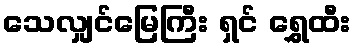
သေလျှင်မြေကြီး ရှင် ရွှေထီး